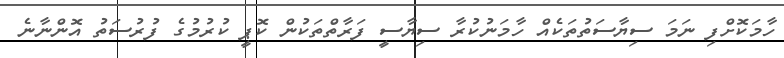
ހާމަކޮށްފި ނަމަ ސިޔާސަތުތަކެއް ހާމަނުކުރާ ސިޔާސީ ފަރާތްތަކުން ކޮޕީ ކުރުމުގެ ފުރުސަތު އޮންނާނެ